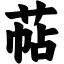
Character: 萜